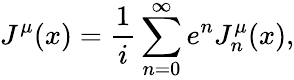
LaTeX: J^{\mu}(x)=\frac 1i\sum_{n=0}^{\infty}e^{n}J_{n}^{\mu}(x),